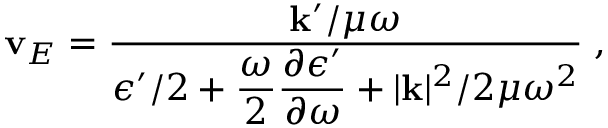
\begin{array} { r } { { \bf { v } } _ { E } = \frac { \displaystyle { { \bf { k } } ^ { \prime } } / { \mu \omega } } { \displaystyle { \epsilon ^ { \prime } } / { 2 } + \frac { \omega } { 2 } \frac { \partial \epsilon ^ { \prime } } { \partial \omega } + | { \bf { k } } | ^ { 2 } / { 2 \mu \omega ^ { 2 } } } \; , } \end{array}